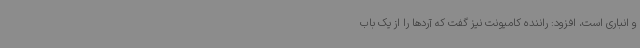
و انباری است، افزود: راننده کامیونت نیز گفت که آردها را از یک باب